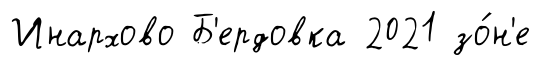
Инархово Б'ердовка 2021 зо́н'е